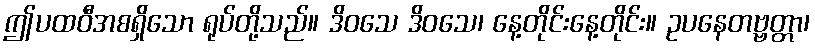
ဤပထဝီအစရှိသော ရုပ်တို့သည်။ ဒိဝသေ ဒိဝသေ၊ နေ့တိုင်းနေ့တိုင်း။ ဥပနေတဗ္ဗတ္တာ၊